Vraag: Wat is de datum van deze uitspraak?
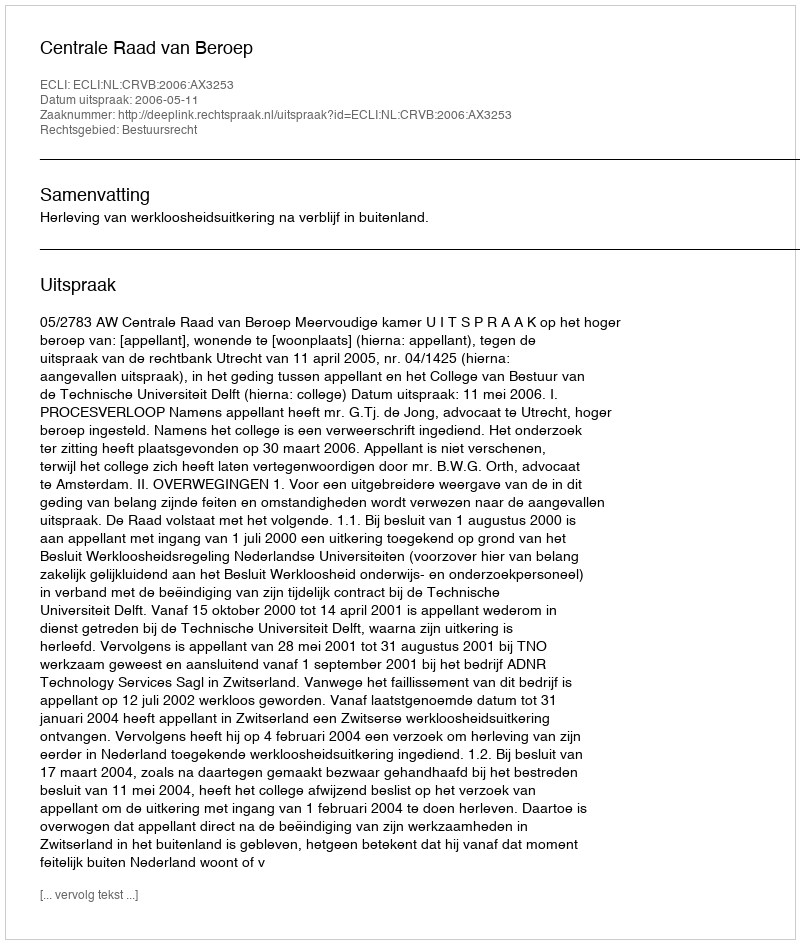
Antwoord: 2006-05-11